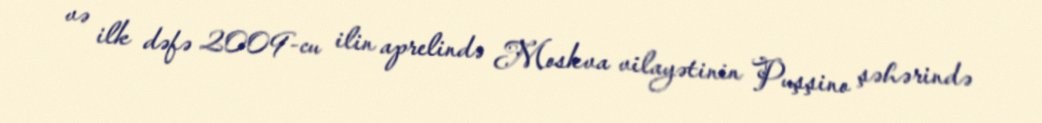
və ilk dəfə 2009-cu ilin aprelində Moskva vilayətinin Puşşino şəhərində